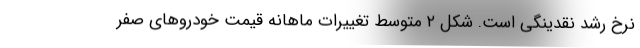
نرخ رشد نقدینگی است. شکل ۲ متوسط تغییرات ماهانه قیمت خودروهای صفر